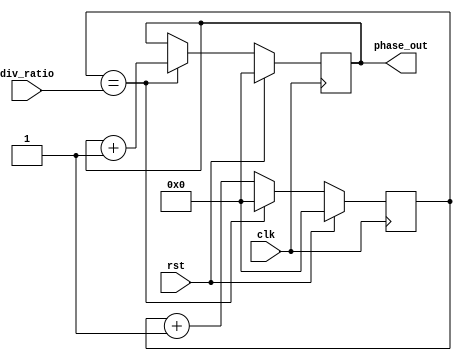
module multi_phase_clock_divider (
    input clk,
    input rst,
    input [7:0] div_ratio, // division ratio for multiple phases
    output reg [7:0] phase_out // output signals for multiple phases
);

reg [7:0] counter;

always @ (posedge clk) begin
    if (rst == 1'b1) begin
        counter <= 8'h00;
        phase_out <= 8'h00;
    end else begin
        counter <= counter + 1;
        if (counter == div_ratio) begin
            counter <= 8'h00;
            phase_out <= phase_out + 1;
        end
    end
end

endmodule